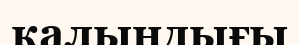
калындығы